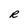
Character: R